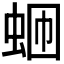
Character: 𬠄